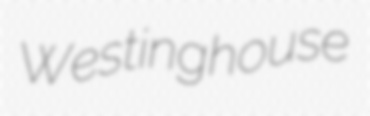
Westinghouse